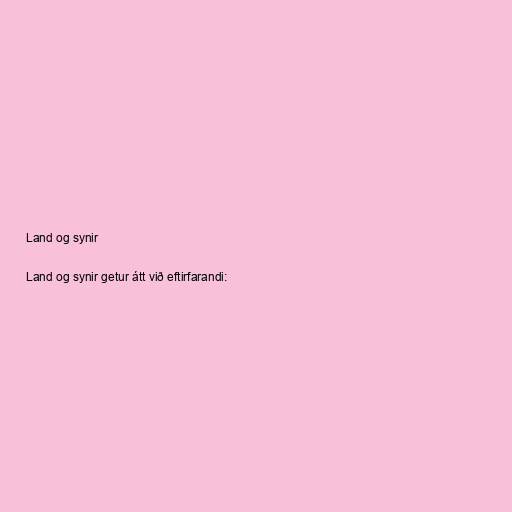
Land og synir

Land og synir getur átt við eftirfarandi: